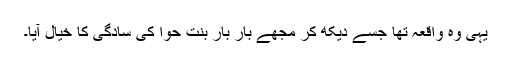
یہی وہ واقعہ تھا جسے دیکھ کر مجھے بار بار بنتِ حوّا کی سادگی کا خیال آیا۔